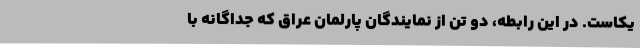
یکاست. در این رابطه، دو تن از نمایندگان پارلمان عراق که جداگانه با